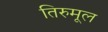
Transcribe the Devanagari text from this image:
तिरुमूल